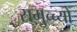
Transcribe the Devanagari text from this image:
समुच्च्यों